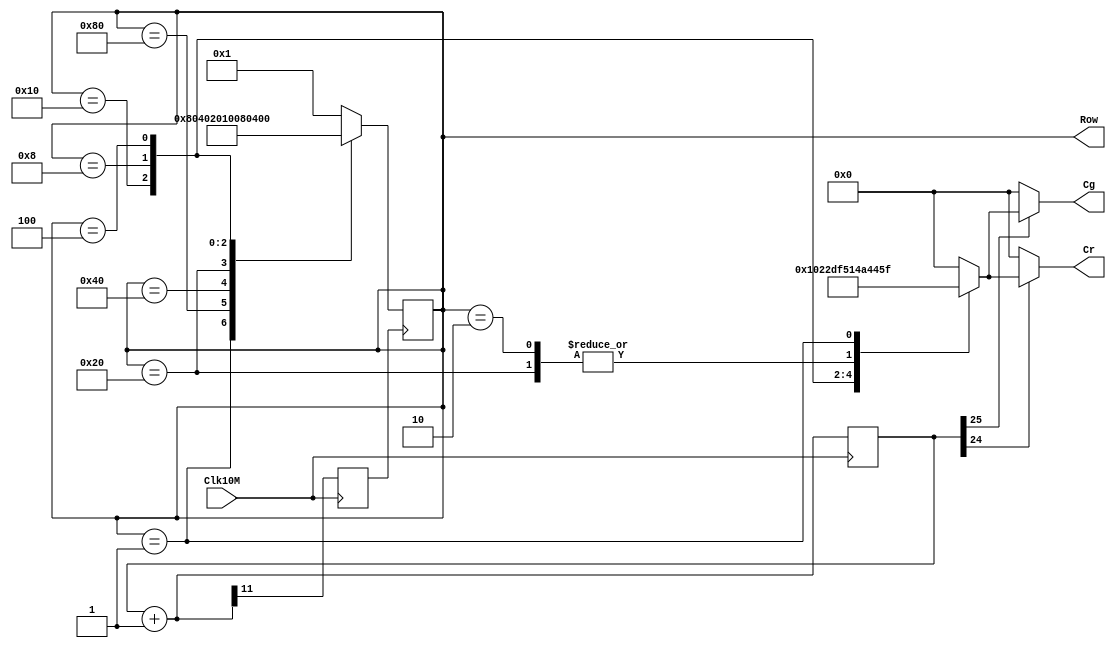
// Ch10 dot_mx.v
// TIx}

module dot_mx (Clk10M, Row, Cr, Cg);
input  Clk10M;			// @J
output [1:8]  Row,Cr,Cg;	// KX
reg    [1:8]  Row,Cr,Cg;	// is
reg    [25:0] Q;		// is
reg    Clk;			// is

// Wq
always@ (posedge Clk10M)
  begin
    Q = Q + 1;
    Clk = Q[11];
  end

// Row yH, Vq
always@ (posedge Clk)
  case (Row)
    8'b00000001 : Row = 8'b10000000;  // Row1
    8'b10000000 : Row = 8'b01000000;  // Row2
    8'b01000000 : Row = 8'b00100000;  // Row3
    8'b00100000 : Row = 8'b00010000;  // Row4
    8'b00010000 : Row = 8'b00001000;  // Row5
    8'b00001000 : Row = 8'b00000100;  // Row6
    8'b00000100 : Row = 8'b00000010;  // Row7
    default     : Row = 8'b00000001;  // Row8
  endcase

always@ (Q[24] or Q[25] or Row)
  begin
//  LED , Xq
    if (Q[24] == 1)
      case (Row)
        8'b10000000 : Cr = 8'b00010000;  // Row1
        8'b01000000 : Cr = 8'b00100010;  // Row2
        8'b00100000 : Cr = 8'b01000100;  // Row3
        8'b00010000 : Cr = 8'b11011111;  // Row4
        8'b00001000 : Cr = 8'b01010001;  // Row5
        8'b00000100 : Cr = 8'b01001010;  // Row6
        8'b00000010 : Cr = 8'b01000100;  // Row7
        8'b00000001 : Cr = 8'b01011111;  // Row8
        default     : Cr = 8'b00000000;
      endcase
    else
      Cr = 8'b00000000;
//  LED , Xq
    if (Q[25] == 1)
      case (Row)
        8'b10000000 : Cg = 8'b00010000;  // Row1
        8'b01000000 : Cg = 8'b00100010;  // Row2
        8'b00100000 : Cg = 8'b01000100;  // Row3
        8'b00010000 : Cg = 8'b11011111;  // Row4
        8'b00001000 : Cg = 8'b01010001;  // Row5
        8'b00000100 : Cg = 8'b01001010;  // Row6
        8'b00000010 : Cg = 8'b01000100;  // Row7
        8'b00000001 : Cg = 8'b01011111;  // Row8
        default     : Cg = 8'b00000000;
      endcase
    else
      Cg = 8'b00000000;
  end

endmodule